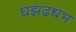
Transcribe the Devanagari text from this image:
घझढधभ